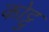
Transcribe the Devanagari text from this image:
कोट्टु